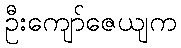
ဦးကျော်ဇေယျက